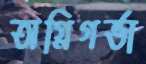
অগ্নিগর্ভা